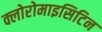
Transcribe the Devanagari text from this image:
क्लोरोमाइसिटिन